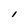
Character: l